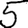
Digit: 5